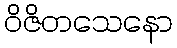
ဝိဇိတသေနော